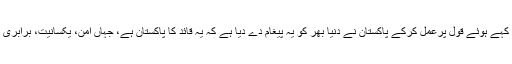
گزشتہ روز محمد علی جناح کے برسوں قبل کہے ہوئے قول پرعمل کرکے پاکستان نے دنیا بھر کو یہ پیغام دے دیا ہے کہ یہ قائد کا پاکستان ہے، جہاں امن، یکسانیت، برابری اور اقلیتوں کو ان کے حقوق دیئے جاتے ہیں۔